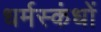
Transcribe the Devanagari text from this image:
धर्मस्कंधों